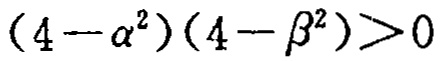
\((4 - \alpha^{2})(4 - \beta^{2})>0\)